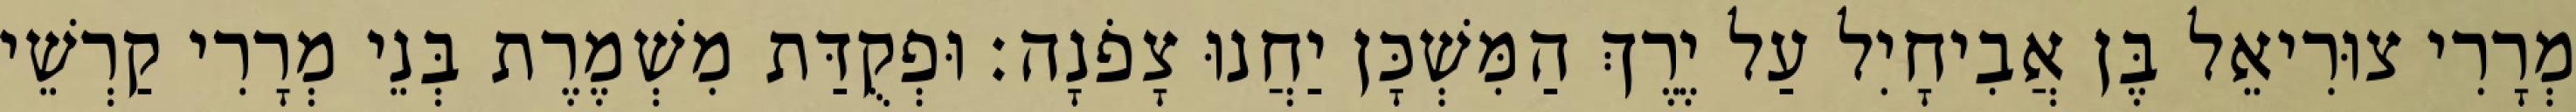
מְרָרִי צוּרִיאֵל בֶּן אֲבִיחָיִל עַל יֶרֶךְ הַמִּשְׁכָּן יַחֲנוּ צָפֹנָה׃ וּפְקֻדַּת מִשְׁמֶרֶת בְּנֵי מְרָרִי קַרְשֵׁי